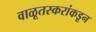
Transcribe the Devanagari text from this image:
वाळूतस्करांकडून